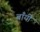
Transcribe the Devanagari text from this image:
बाँयीं